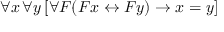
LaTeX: \forall x \, \forall y \, [ \forall F ( F x \leftrightarrow F y ) \rightarrow x = y ]